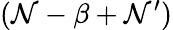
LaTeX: (\mathcal{N}-\beta+\mathcal{N}^{\prime})